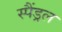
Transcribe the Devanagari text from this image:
स्पैंड्रल